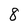
Character: 8